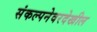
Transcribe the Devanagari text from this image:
संकल्पनेवरदेखील